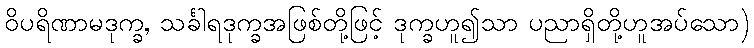
ဝိပရိဏာမဒုက္ခ, သင်္ခါရဒုက္ခအဖြစ်တို့ဖြင့် ဒုက္ခဟူ၍သာ ပညာရှိတို့ဟူအပ်သော)